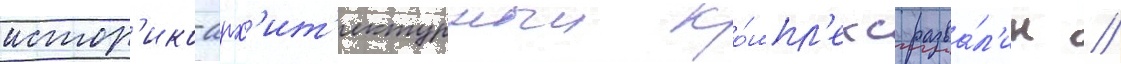
истор'ико-арх'ит'ектурныи ко́мпл'екс разва́л'ин //